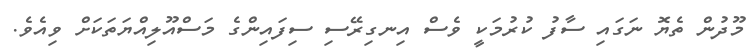
މޫދުން ތެޔޮ ނަގައި ސާފު ކުރުމަކީ ވެސް އިނގިރޭސި ސިފައިންގެ މަސްއޫލިއްޔަތަކަށް ވިއެވެ.